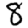
Digit: 8